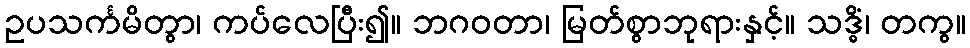
ဥပသင်္ကမိတွာ၊ ကပ်လေပြီး၍။ ဘဂဝတာ၊ မြတ်စွာဘုရားနှင့်။ သဒ္ဓိံ၊ တကွ။